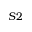
S 2